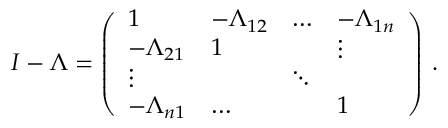
I - \Lambda = \left( \begin{array} { l l l l } { 1 } & { - \Lambda _ { 1 2 } } & { \hdots } & { - \Lambda _ { 1 n } } \\ { - \Lambda _ { 2 1 } } & { 1 } & { } & { \vdots } \\ { \vdots } & { } & { \ddots } & { } \\ { - \Lambda _ { n 1 } } & { \hdots } & { } & { 1 } \end{array} \right) \, . \medskip